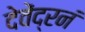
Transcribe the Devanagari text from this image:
देवेंद्रनं